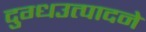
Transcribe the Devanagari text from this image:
दुग्धउत्पादने